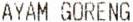
AYAM GORENG